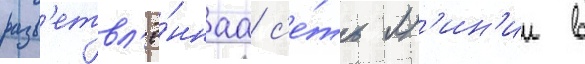
разв'етвл'ё́ннаа с'е́ть л'ин'ии в